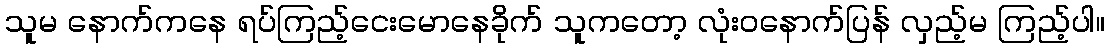
သူမ နောက်ကနေ ရပ်ကြည့်ငေးမောနေခိုက် သူကတော့ လုံးဝနောက်ပြန် လှည့်မ ကြည့်ပါ။